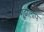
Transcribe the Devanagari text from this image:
गूढ़लिपि